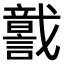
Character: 𧬣